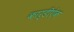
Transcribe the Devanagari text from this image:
कार्डीऐक